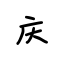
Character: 庆